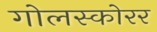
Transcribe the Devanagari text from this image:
गोलस्कोरर